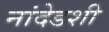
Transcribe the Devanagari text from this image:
नांदेडशी